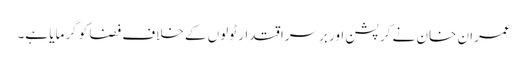
عمران خان نے کرپشن اور برسراقتدار ٹولوں کے خلاف فضا کو گرمایا ہے۔